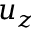
u _ { z }